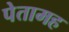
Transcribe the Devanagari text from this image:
पेतामह